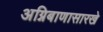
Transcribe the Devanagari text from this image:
अग्निबाणासारखे